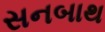
સનબાથ